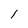
Character: l